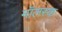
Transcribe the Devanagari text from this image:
मॉलस्क